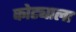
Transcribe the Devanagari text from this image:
कोट्याला